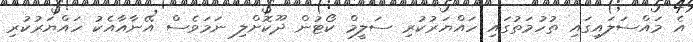
އެ މައްސަލައިގައި ތުހުމަތުގައި ހައްޔަރުކުރި ސަލީމް ކޯޓުން ދޫކޮށްލި ނަމަވެސް އޭނާއާއެކު ހައްޔަރުކުރި